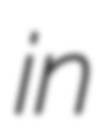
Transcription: in